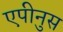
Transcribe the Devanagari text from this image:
एपीनुस